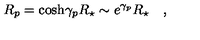
R _ { p } = \cosh \! \gamma _ { p } R _ { \star } \sim e ^ { \gamma _ { p } } R _ { \star } \quad ,